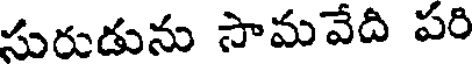
సురుడును సామవేది పరి